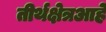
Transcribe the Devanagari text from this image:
तीर्थक्षेत्रआहे